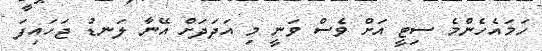
ހަމައެހެންމެ ސިޓީ އަށް ވެސް ވަނީ މި އަދަދަށް އޭނާ ލަނޑު ޖަހައިފަ